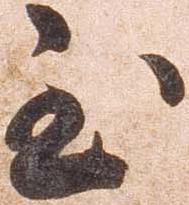
至